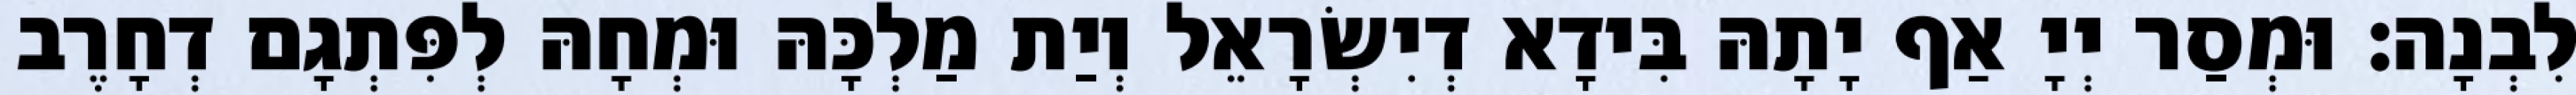
לִבְנָה׃ וּמְסַר יְיָ אַף יָתָהּ בִּידָא דְיִשְׂרָאֵל וְיַת מַלְכָּהּ וּמְחָהּ לְפִּתְגָם דְחָרֶב